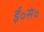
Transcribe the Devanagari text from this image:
ई॰सं॰